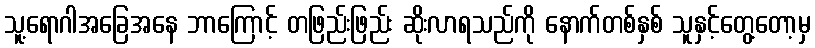
သူ့ရောဂါအခြေအနေ ဘာကြောင့် တဖြည်းဖြည်း ဆိုးလာရသည်ကို နောက်တစ်နှစ် သူနှင့်တွေ့တော့မှ